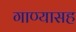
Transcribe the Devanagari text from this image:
गाण्यासह